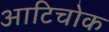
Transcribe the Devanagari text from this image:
आटिचोक